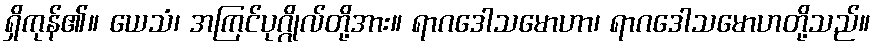
ရှိကုန်၏။ ယေသံ၊ အကြင်ပုဂ္ဂိုလ်တို့အား။ ရာဂဒေါသမောဟာ၊ ရာဂဒေါသမောဟတို့သည်။